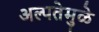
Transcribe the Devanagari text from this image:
अल्पतेमुळे